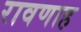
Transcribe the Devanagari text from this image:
रावणाह